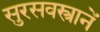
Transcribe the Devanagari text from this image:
सुरसवस्त्रानें